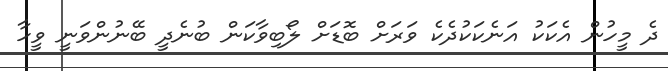
ދެ މީހުން އެކަކު އަނެކަކުދެކެ ވަރަށް ބޮޑަށް ލޯބިވާކަން ބުނެދީ ބޭނުންވަނީ ވީހާ